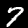
Label: 7